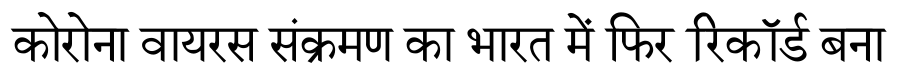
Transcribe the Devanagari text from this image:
कोरोना वायरस संक्रमण का भारत में फिर रिकॉर्ड बना